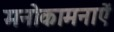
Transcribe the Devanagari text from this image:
मनोकामनाऐं